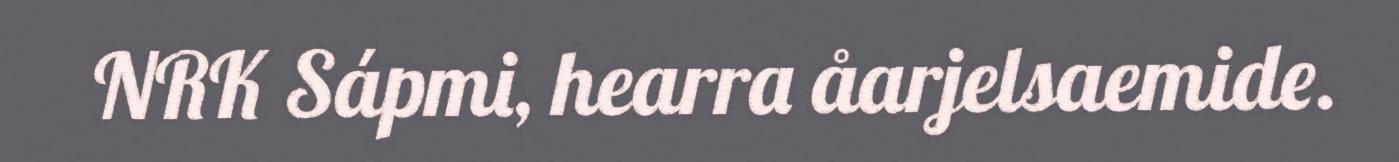
NRK Sápmi, hearra åarjelsaemide.